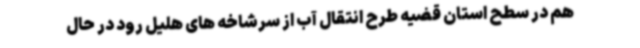
هم در سطح استان قضیه طرح انتقال آب از سرشاخه های هلیل رود در حال